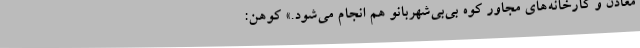
معادن و کارخانه‌های مجاور کوه بی‌بی‌شهربانو هم انجام می‌شود.» کوهن: